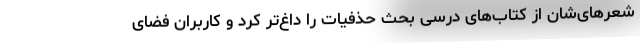
شعرهای‌شان از کتاب‌های درسی بحث حذفیات را داغ‌تر کرد و کاربران فضای